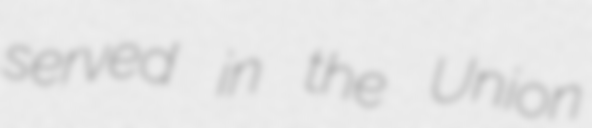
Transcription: served in the Union